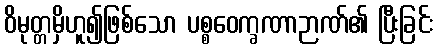
ဝိမုတ္တမှိဟူ၍ဖြစ်သော ပစ္စဝေက္ခဏာဉာဏ်၏ ပြီးခြင်း